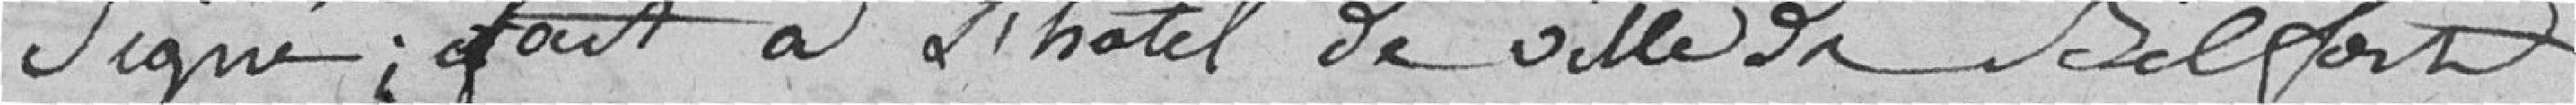
signés. Fait à l’Hôtel de ville de Belfort.